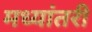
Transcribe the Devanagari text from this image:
मध्यांतरी